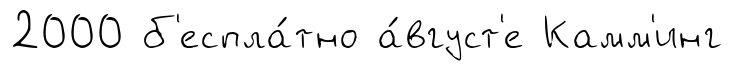
2000 б'еспла́тно а́вгуст'е Камм'инг